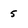
Character: 5